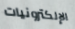
الإلكترونيات